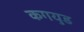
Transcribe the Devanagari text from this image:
कगयुड